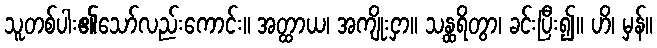
သူတစ်ပါး၏သော်လည်းကောင်း။ အတ္ထာယ၊ အကျိုးငှာ။ သန္ထရိတွာ၊ ခင်းပြီး၍။ ဟိ၊ မှန်။